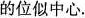
的位似中心.